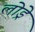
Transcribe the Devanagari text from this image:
लोड्रे